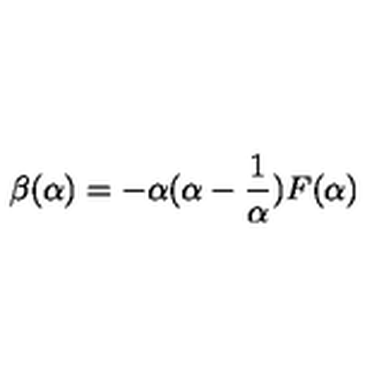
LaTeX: \beta ( \alpha ) = - \alpha ( \alpha - \frac { 1 } { \alpha } ) F ( \alpha )